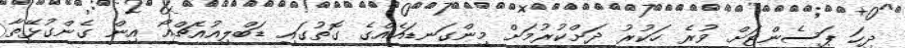
ދިހަ ޕަސެންޓަށް ވުރެ ހަކުރު ދަށްކުރުމަށް މިންގަނޑައެއްގެ ގޮތުގައި ޑަބްލިއުއެޗްއޯ އިން ގެންގުޅޭތާ